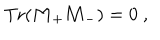
\mathrm { T r } ( { \bf M } _ { + } { \bf M } _ { - } ) = 0 \ ,